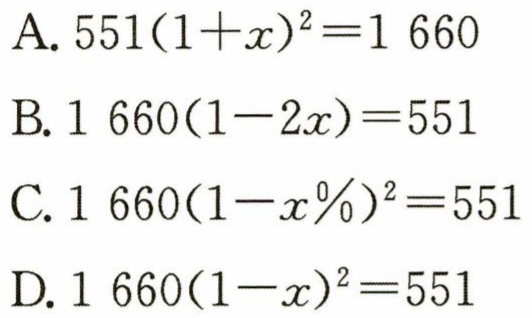
A. \(551(1 + x)^{2}=1660\)
B. \(1660(1 - 2x)=551\)
C. \(1660(1 - x\%)^{2}=551\)
D. \(1660(1 - x)^{2}=551\)